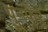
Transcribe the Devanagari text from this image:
पुनफेर